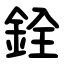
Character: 銓